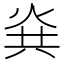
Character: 烡